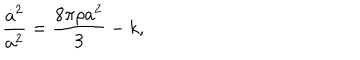
LaTeX: { \frac { \dot { a } ^ { 2 } } { a ^ { 2 } } } = \frac { 8 \pi \rho a ^ { 2 } } { 3 } - k ,